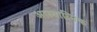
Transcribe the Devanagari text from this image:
आत्यात्मिक